Scottish Certificate of Education, 1963
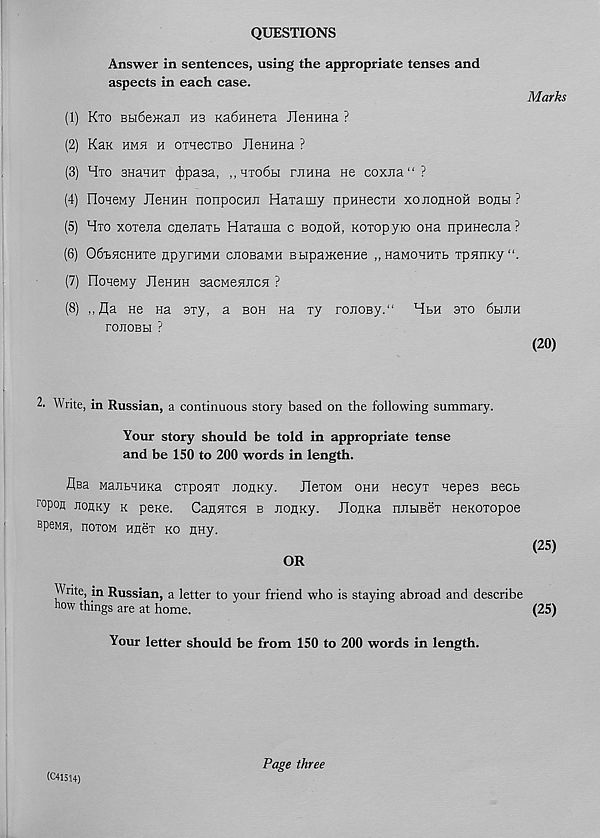
QUESTIONS
Answer in sentences, using the appropriate tenses and
aspects in each case.
(1) Kto Bti6e>Kaii hs Ka6HHexa JleHHHa ?
(2) Kan hma h ornecTBO JleHHHa ?
(3) Hto snaHHT fypa.33., ,,hto6h rJiHHa He coxna" ?
(4) FIoHeMy JleHHH nonpocHJi Haxamy npHneciH xojiohhoh bohh ?
(5) Hto xorena cnenaTt HaTama c bohoh, Koxopyro ona npHHecjia?
(6) OfibHCHHxe npyrHMH cJioBaMH BHpameHHe „ HaMOHHTb xpHnny".
(7) FIoHeMy JleHHH sacMenJiCH ?
(8)
He Ha axy, a boh na xy ronoBy.“ Hbh axo 6biJiH
ronoBbi ?
2. Write, in Russian, a continuous story based on the following summary.
Your story should be told in appropriate tense
and be 150 to 200 words in length.
Asa MaubHHKa cxpoax noHKy.
JlexoM ohh necyx nepea Becb
ropon JionKy k pexe. CaanxcH b JiogKy. JlonKa nnHBex neKoxopoe
speMH, noxoM nnex KO HHy.
OR
Write, in Russian, a letter to your friend who is staying abroad and describe
how things are at home.
Your letter should be from 150 to 200 words in length.
Marks
(20)
(25)
(25)
(€41514)
Page three